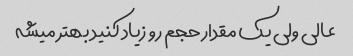
عالی ولی یک مقدار حجم رو زیاد کنید بهتر میشه